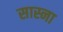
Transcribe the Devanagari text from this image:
सास्ना